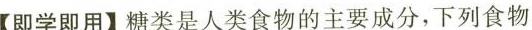
【即学即用】糖类是人类食物的主要成分，下列食物